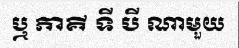
ឬ ភាគី ទី បី ណាមួយ